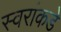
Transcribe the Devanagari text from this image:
स्वरांकडे